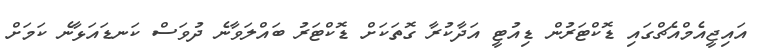
އައިޖީއެމްއެޗްގައި ޑޮކްޓަރުން ޑިއުޓީ އަދާކުރާ ގޮތަކަށް ޑޮކްޓަރު ބައްލަވާނެ ދުވަސް ކަނޑައަޅާނެ ކަމަށް